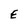
Character: E